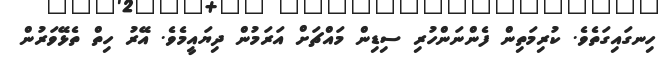
ހިނގައިގަތެވެ. ކުރިމަތިން ފެންނަންހުރި ސިޑިން މައްޗަށް އަރަމުން ދިޔައީމެވެ. އޭރު ހިތް ތެޅޭވަރުން